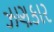
ઝણકાર